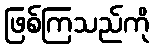
ဖြစ်ကြသည်ကို